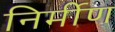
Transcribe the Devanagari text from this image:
निर्मीण